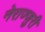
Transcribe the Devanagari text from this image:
नेराज्ज़ुरी